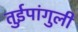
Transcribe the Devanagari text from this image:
तुईपांगुली